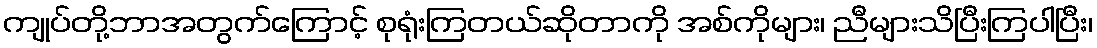
ကျုပ်တို့ဘာအတွက်ကြောင့် စုရုံးကြတယ်ဆိုတာကို အစ်ကိုများ၊ ညီများသိပြီးကြပါပြီး၊